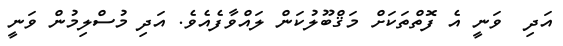
އަދި  ވަނީ އެ ފޮތްތަކަށް މަޤްބޫލުކަން ލައްވާފެއެވެ. އަދި މުސްލިމުން ވަނީ